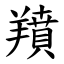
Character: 羵